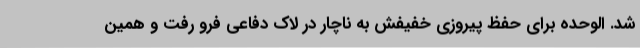
شد. الوحده برای حفظ پیروزی خفیفش به ناچار در لاک دفاعی فرو رفت و همین